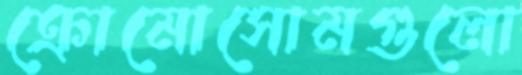
ক্রোমোসোমগুলো